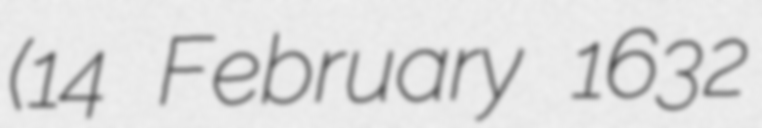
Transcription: (14 February 1632